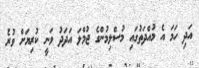
އަދި ހަމަ އެ މުއްދަތުގައި މުސްލިމުންގެ ޖުމްލަ އަދަދު ވަނީ ކުރިޔަށް ވުރެ